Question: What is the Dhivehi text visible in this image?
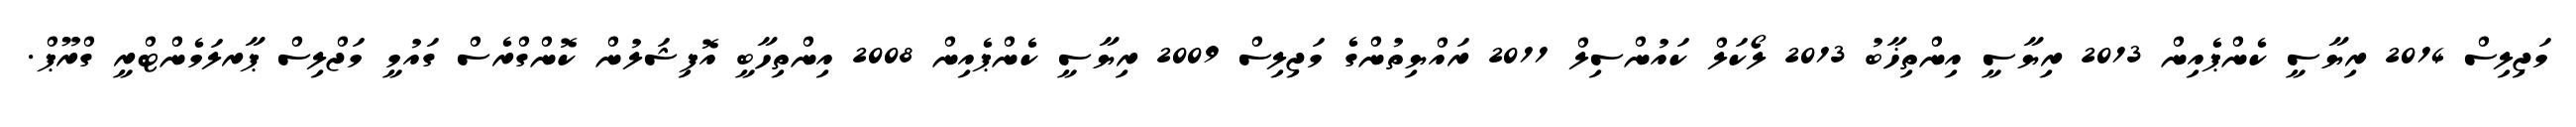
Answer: މަޖިލިސް 2014 ރިޔާސީ ކެންޕެއިން 2013 ރިޔާސީ އިންތިޚާބު 2013 ލޯކަލް ކައުންސިލް 2011 ރައްޔިތުންގެ މަޖިލިސް 2009 ރިޔާސީ ކެންޕެއިން 2008 އިންތިހާބީ އޮފިޝަލުން ކޮންގްރެސް ގައުމީ މަޖްލިސް ޕާރލަމެންޓްރީ ގްރޫޕް.